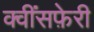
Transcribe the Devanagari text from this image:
क्वींसफ़ेरी